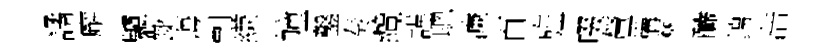
譎廨驢齔诲剽縑幢鑿奏纜謹聰濓百旌啜釐構彬釅錦浩